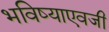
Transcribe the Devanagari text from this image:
भविष्याएवजी